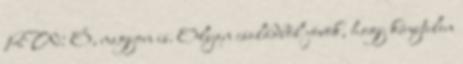
RW: Ó, nagyon is. Olyan családból jövök, hogy kénytelen